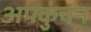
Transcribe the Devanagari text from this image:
अपकुंचन